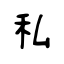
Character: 私